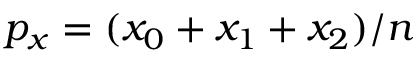
p _ { x } = ( x _ { 0 } + x _ { 1 } + x _ { 2 } ) / n